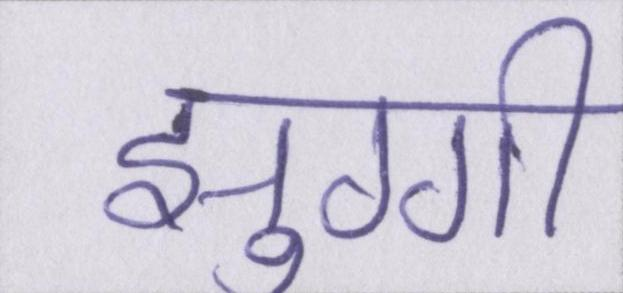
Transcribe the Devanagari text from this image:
झुग्गी